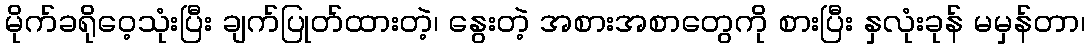
မိုက်ခရိုဝေ့သုံးပြီး ချက်ပြုတ်ထားတဲ့၊ နွေးတဲ့ အစားအစာတွေကို စားပြီး နှလုံးခုန် မမှန်တာ၊